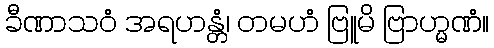
ခီဏာသဝံ အရဟန္တံ၊ တမဟံ ဗြူမိ ဗြာဟ္မဏံ။